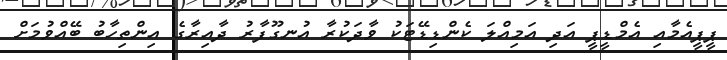
ޕީޕީއެމާއި އެމްޑީޕީ އަދި އަމިއްލަ ކެންޑިޑޭޓަކު ވާދަކުރާ އުނގޫފާރު ދާއިރާގެ އިންތިހާބު ބޭއްވުމަށް